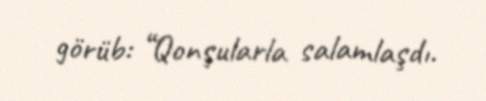
görüb: “Qonşularla salamlaşdı.